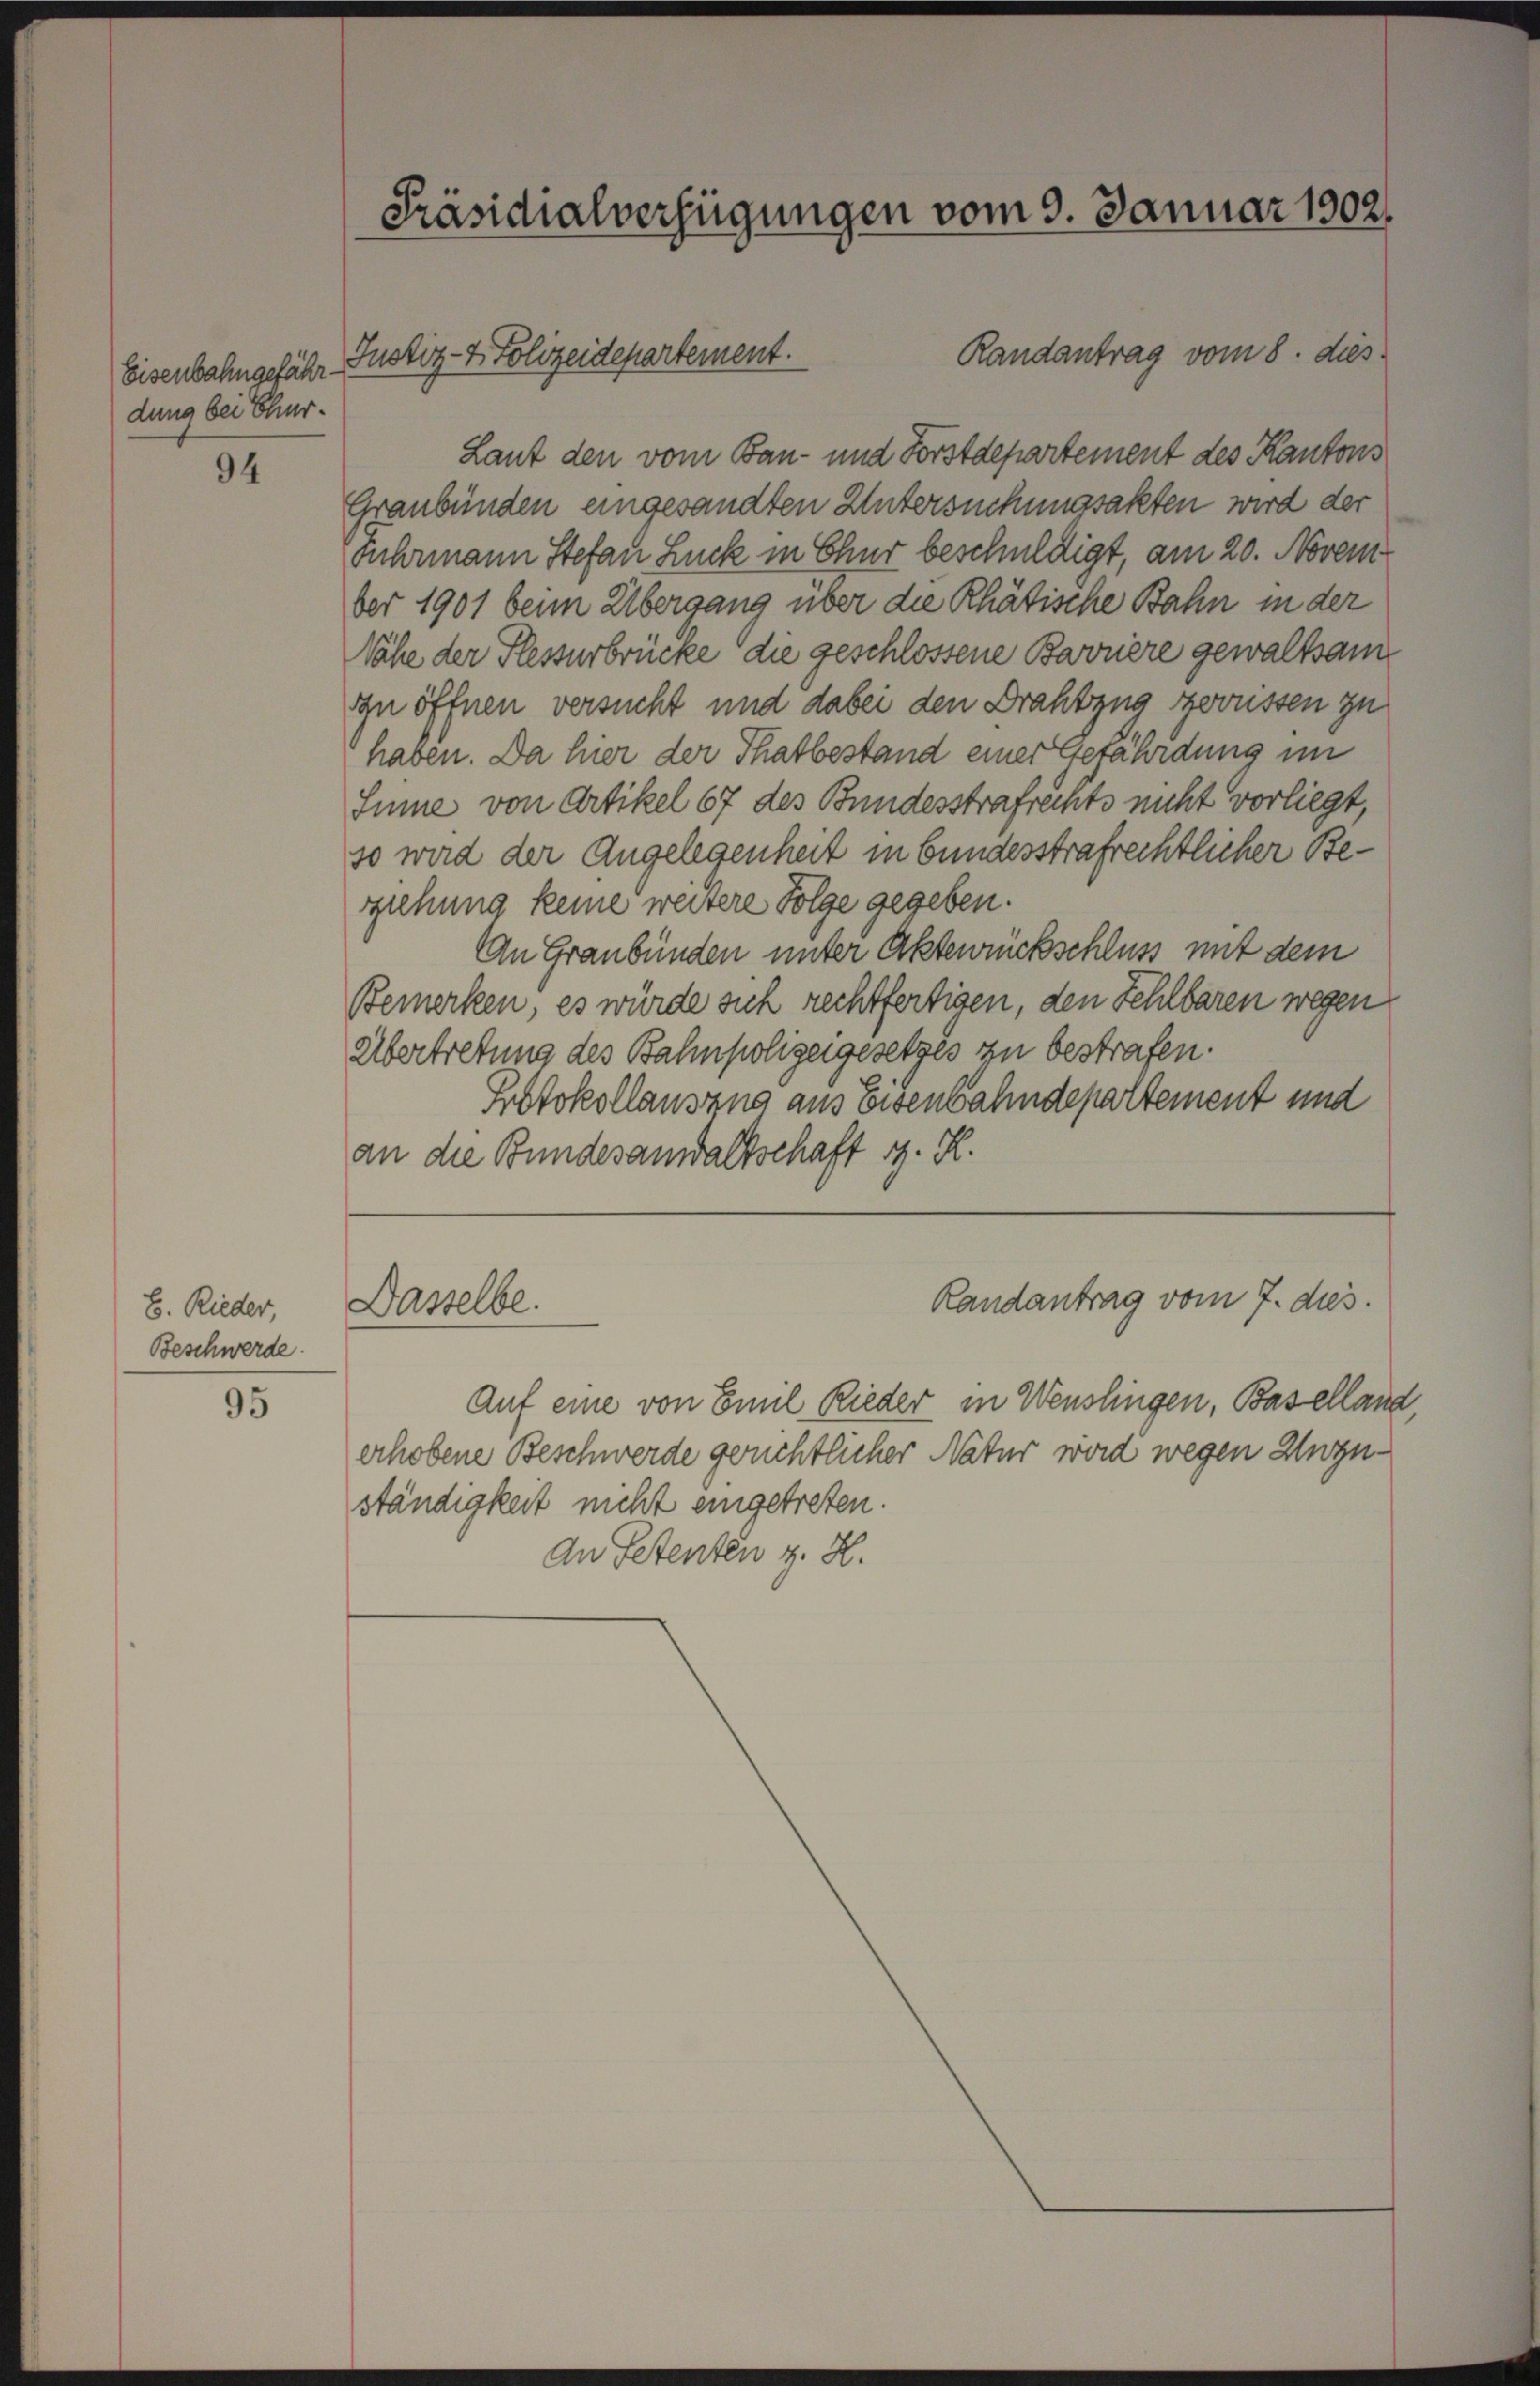
dung bei Chur.

94

6. Rieder,
Beschwerde.

95

Präsidialverfügungen vom 9. Januar 1902.

Eisenbahngefähr Justiz- & Polizeidepartement.

Laut den vom Bau- und Forstdepartement des Kantons
Graubünden eingesandten Untersuchungsakten wird der
Fuhrmann Stefan Luck in Chur beschuldigt, am 20. Novem
ber 1901 beim Übergang über die Rhätische Bahn in der
Nähe der Plessurbrücke die geschlossene Baviere gewaltsam
zu öffnen versucht und dabei den Drahtzug gewissen zu
haben. Da hier der Thatbestand einer Gefährdung im
Sinne von Artikel 67 des Bundesstrafrechts nicht vorliegt,
so wird der Angelegenheit in bundesstrafrechtlicher Beziehung keine weitere Folge gegeben.
An Graubünden unter Aktenrückschluss mit dem
Bemerken, es würde sich rechtfertigen, den Fehlbaren wegen
Übertretung des Bahnpolizeigesetzes zu bestrafen.
ins Eisenbahndepartement und
Protokolls
an die Bu

A

Randantrag vom 8. dies

ntrag vom 7. dies

in Wenslingen, Baselland
Auf eine vor
erhobene Beschwerde gerichtlicher Natur wird wegen Unzuständigkeit nicht eingetreten.
An Petenten z. H.